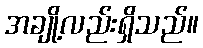
အချို့လည်းရှိသည်။